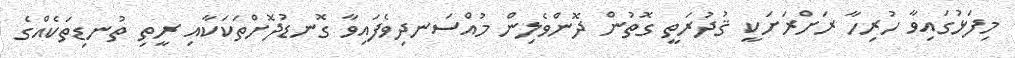
މިފަޅުގައިވާ ހުރިހާ ރަށްރަށަކީ ޤުދުރަތީ ގޮތުން ދޮންވެލިން މުއްސަނދިވެފައިވާ ގޮނޑުދޮށްތަކަކާއި ރީތި ތުނޑިތަކެއްގެ